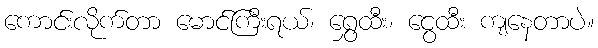
ကောင်းလိုက်တာ မောင်ကြီးရယ်၊ ရွှေထီး၊ ငွေထီး ကျနေတာပဲ။